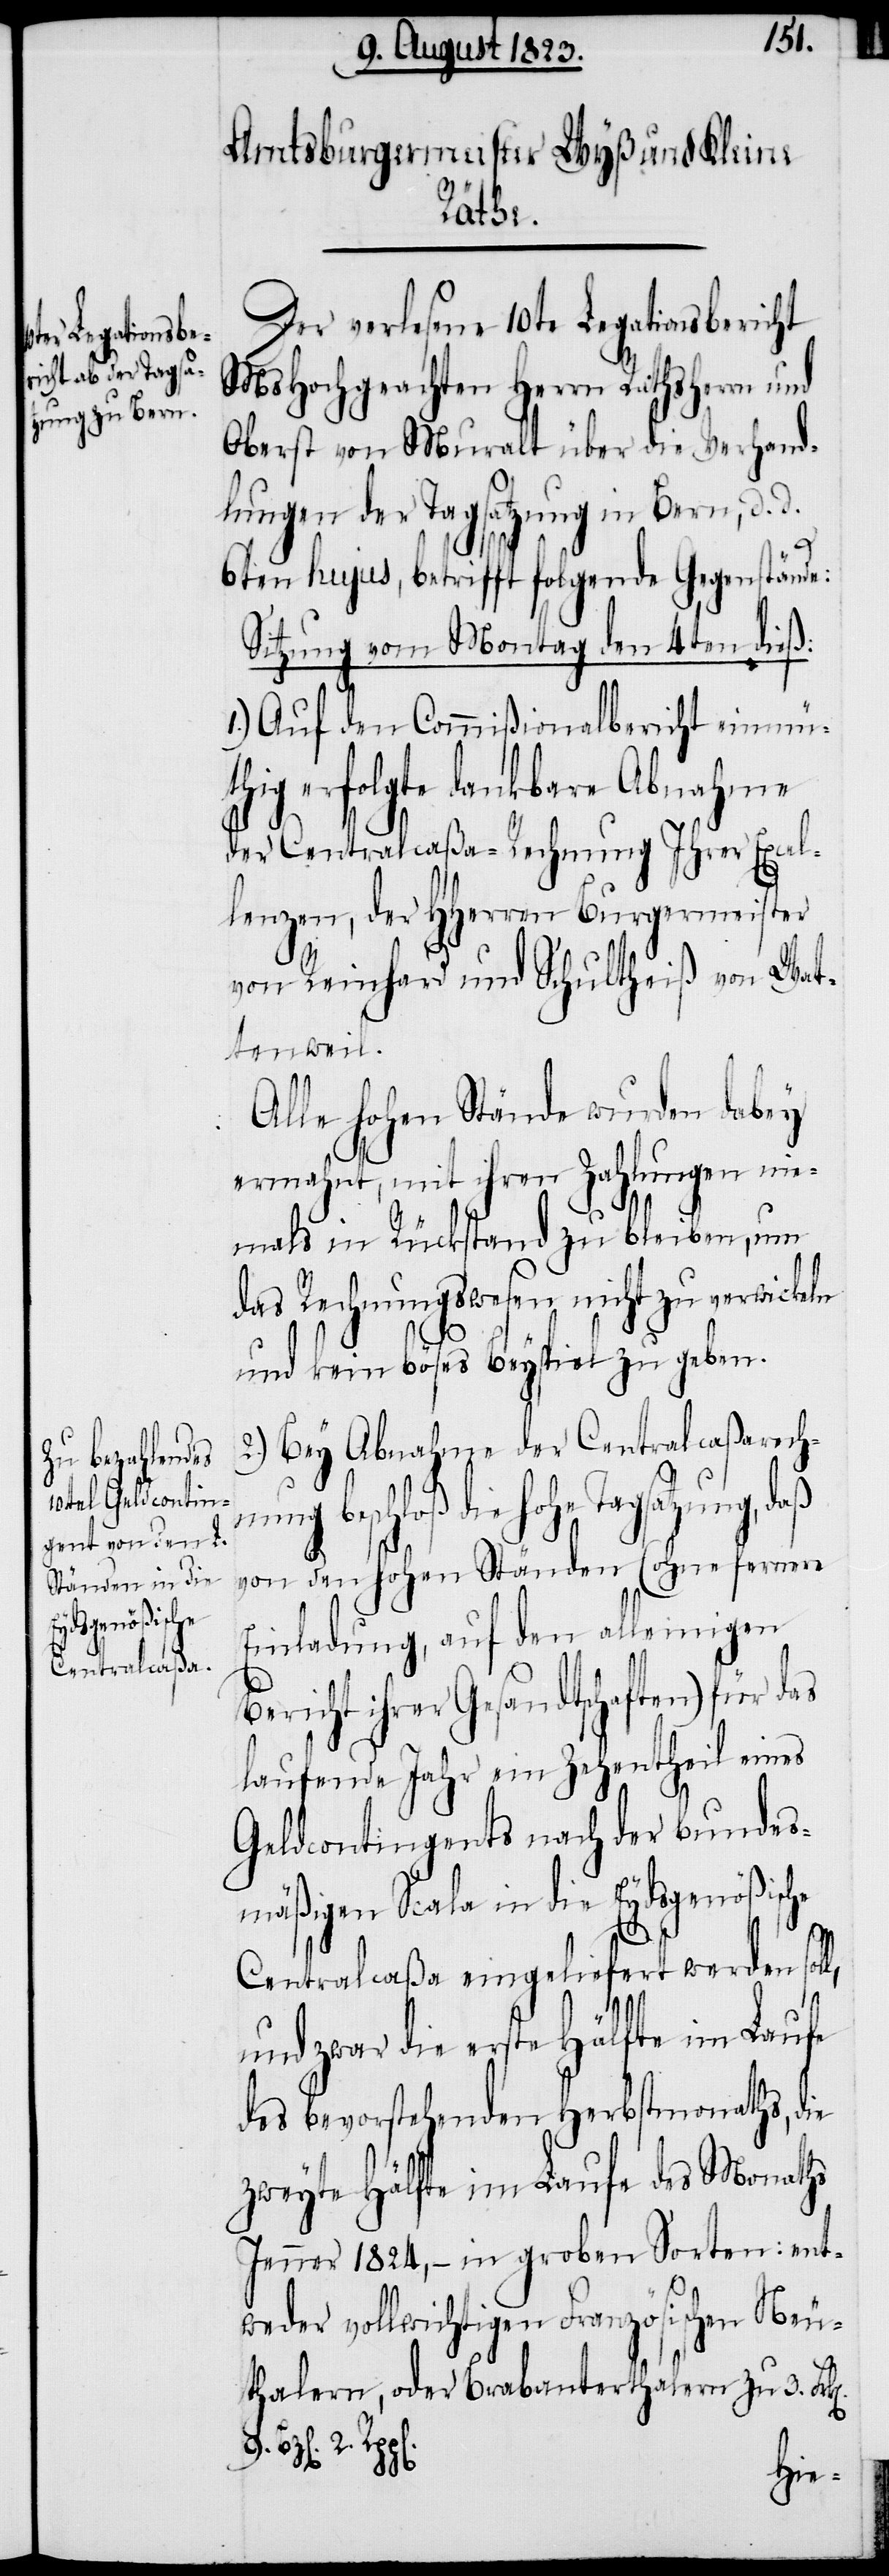
Der verlesene 10te Legationsbericht
MsHochgeachten Herrn Rathsherrn und
Oberst von Muralt über die Verhand¬
lungen der Tagsatzung in Bern, d.
6ten hujus, betreffend folgende Gegenstände:
Sitzung vom Montag den 4ten dieß:
1.) Auf den Commißionalbericht einmüt¬
hig erfolgte dankbare Abnahme
der Centralcaßa-Rechnung Ihrer Excel¬
lenzen, der HHerren Burgermeister
von Reinhard und Schultheiß von Wat¬
tenweil.
Alle hohen Stände wurden dabey
ermahnt, mit ihren Zahlungen nie¬
mals in Rückstand zu bleiben, um
das Rechnungswesen nicht zu verwickeln
und kein böses Beyspiel zu geben.
2.) Bey Abnahme der Centralcaßarechn¬
ung beschloß die hohe Tagsatzung,
von den hohen Ständen (ohne fernere
Einladung, auf den alleinigen
richt ihrer Gesandtschaften) für
laufende Jahr ein Zehenttheil eines
Geldcontingents nach der bundes¬
mäßigen Scala in die Eydsgenößische
Centralcaßa eingeliefert werden sol¬
2.
und zwar die erste Hälfte im Laufe
des bevorstehenden Herbstmonaths, die
zweyte Hälfte im Laufe des Monaths
Jenner 1824, − in groben Sorten: ent¬
weder vollwichtigen Französischen Neu¬
thalern, oder Brabanterthalern zu 3.
Be¬